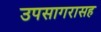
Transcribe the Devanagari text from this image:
उपसागरासह